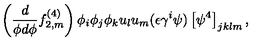
\left( \frac { d } { \phi d \phi } f _ { 2 , m } ^ { ( 4 ) } \right) \phi _ { i } \phi _ { j } \phi _ { k } u _ { l } u _ { m } ( \epsilon \gamma ^ { i } \psi ) \left[ \psi ^ { 4 } \right] _ { j k l m } ,